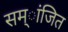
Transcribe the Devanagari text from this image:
सम्ांजित